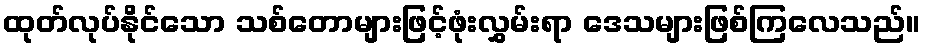
ထုတ်လုပ်နိုင်သော သစ်တောများဖြင့်ဖုံးလွှမ်းရာ ဒေသများဖြစ်ကြလေသည်။